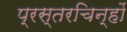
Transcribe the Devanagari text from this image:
प्रस्तरचिन्हों